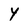
Character: Y